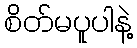
စိတ်မပူပါနဲ့